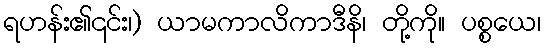
ရဟန်း၏၎င်း၊) ယာမကာလိကာဒီနိ၊ တို့ကို။ ပစ္စယေ၊